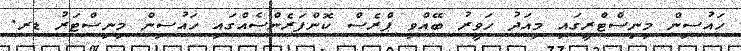
ހައުސިން މިނިސްޓްރީގައި މިއަދު ހަވީރު ބޭއްވި ޕްރެސް ކޮންފަރެންސެއްގައި ހައުސިން މިނިސްޓަރު ޑރ.